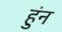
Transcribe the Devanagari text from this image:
हुंन